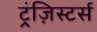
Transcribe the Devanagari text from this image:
ट्रंज़िस्टर्स